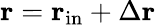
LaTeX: {\mathbf r}={\mathbf r}_{\mathrm{in}}+\Delta{\mathbf r}